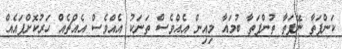
ކަންފަތާ ނޭފަތާ ތުންފަތާ ބުމައާ މިއިން އެއްވެސް ތަނަކު އެއްވެސް އެއްޗެއް ހަރުކޮށްފައެއް